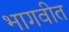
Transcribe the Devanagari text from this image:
भागवीत